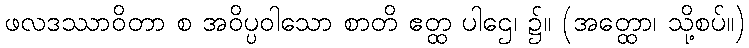
ဖလဒဿာဝိတာ စ အဝိပ္ပဝါသော စာတိ ဧတ္ထ ပါဌေ၊ ၌။ (အတ္ထော၊ သို့စပ်။)